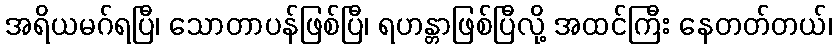
အရိယမဂ်ရပြီ၊ သောတာပန်ဖြစ်ပြီ၊ ရဟန္တာဖြစ်ပြီလို့ အထင်ကြီး နေတတ်တယ်၊